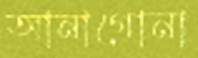
আনাগোনা